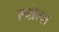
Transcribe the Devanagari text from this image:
स्चोल्ज़